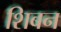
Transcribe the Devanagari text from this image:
शिबन